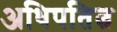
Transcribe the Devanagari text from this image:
अधिपतित्व